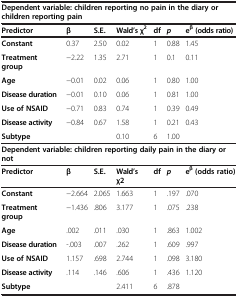
<table><thead><tr><td colspan="7"><b>Dependent variable: children reporting no pain in the diary or children reporting pain</b></td></tr><tr><td><b>Predictor</b></td><td><b>β</b></td><td><b>S.E.</b></td><td><b>Wald’s χ<sup>2</sup></b></td><td><b>df</b></td><td><b><i>p</i></b></td><td><b>e<sup>β </sup>(odds ratio)</b></td></tr></thead><tbody><tr><td><b>Constant</b></td><td>0.37</td><td>2.50</td><td>0.02</td><td>1</td><td>0.88</td><td>1.45</td></tr><tr><td><b>Treatment group</b></td><td>−2.22</td><td>1.35</td><td>2.71</td><td>1</td><td>0.1</td><td>0.11</td></tr><tr><td><b>Age</b></td><td>−0.01</td><td>0.02</td><td>0.06</td><td>1</td><td>0.80</td><td>1.00</td></tr><tr><td><b>Disease duration</b></td><td>−0.01</td><td>0.10</td><td>0.06</td><td>1</td><td>0.81</td><td>1.00</td></tr><tr><td><b>Use of NSAID</b></td><td>−0.71</td><td>0.83</td><td>0.74</td><td>1</td><td>0.39</td><td>0.49</td></tr><tr><td><b>Disease activity</b></td><td>−0.84</td><td>0.67</td><td>1.58</td><td>1</td><td>0.21</td><td>0.43</td></tr><tr><td><b>Subtype</b></td><td> </td><td> </td><td>0.10</td><td>6</td><td>1.00</td><td> </td></tr><tr><td colspan="7"><b>Dependent variable: children reporting daily pain in the diary or not</b></td></tr><tr><td><b>Predictor</b></td><td><b>β</b></td><td><b>S.E.</b></td><td><b>Wald’s χ2</b></td><td><b>df</b></td><td><b><i>p</i></b></td><td><b>e</b><sup><b>β </b></sup><b>(odds ratio)</b></td></tr><tr><td><b>Constant</b></td><td>−2.664</td><td>2.065</td><td>1.663</td><td>1</td><td>.197</td><td>.070</td></tr><tr><td><b>Treatment group</b></td><td>−1.436</td><td>.806</td><td>3.177</td><td>1</td><td>.075</td><td>.238</td></tr><tr><td><b>Age</b></td><td>.002</td><td>.011</td><td>.030</td><td>1</td><td>.863</td><td>1.002</td></tr><tr><td><b>Disease duration</b></td><td>-.003</td><td>.007</td><td>.262</td><td>1</td><td>.609</td><td>.997</td></tr><tr><td><b>Use of NSAID</b></td><td>1.157</td><td>.698</td><td>2.744</td><td>1</td><td>.098</td><td>3.180</td></tr><tr><td><b>Disease activity</b></td><td>.114</td><td>.146</td><td>.606</td><td>1</td><td>.436</td><td>1.120</td></tr><tr><td><b>Subtype</b></td><td> </td><td> </td><td>2.411</td><td>6</td><td>.878</td><td> </td></tr></tbody></table>